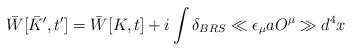
LaTeX: \begin{align*}\bar{W} [ \bar{K}^\prime ,t^ \prime ] = \bar{W} [K ,t] + i\int\delta _{BRS} \ll \epsilon _\mu a O^\mu \gg d^4x\end{align*}